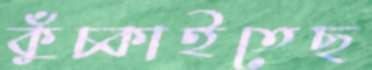
কুঁচ্‌কাইতেছ